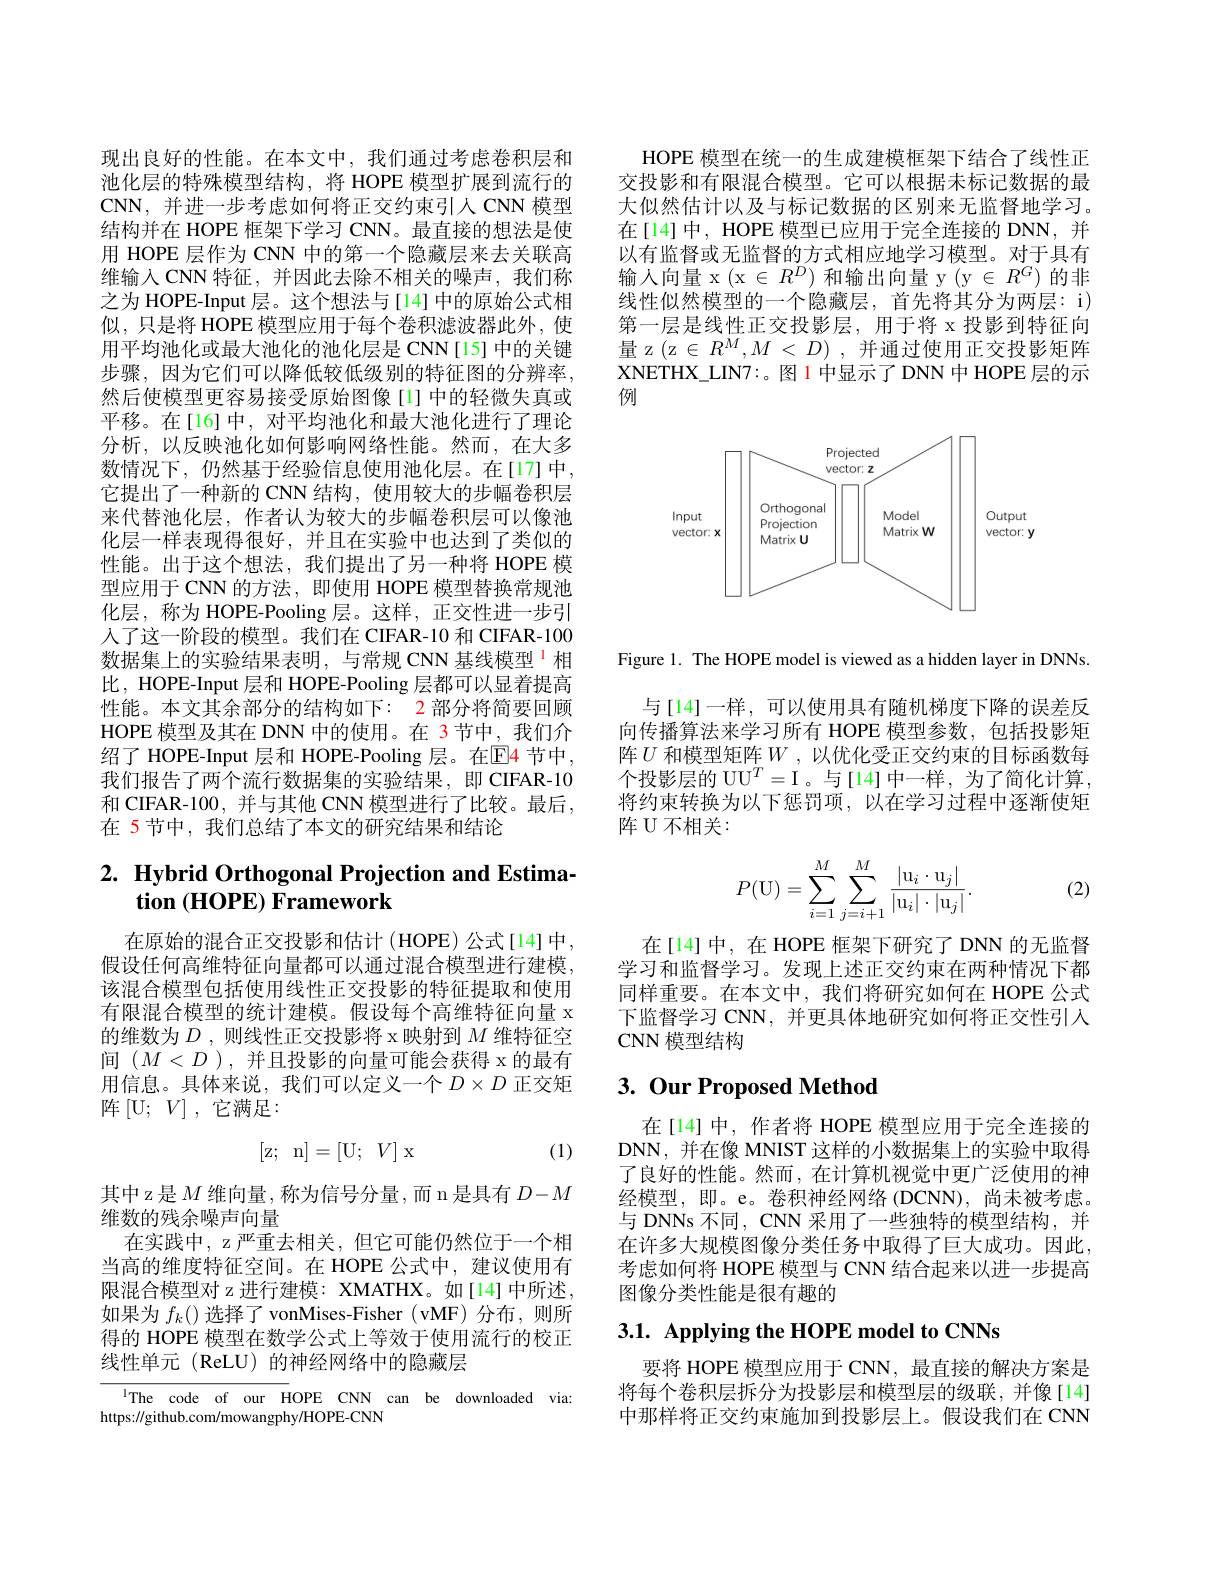
现出良好的性能。在本文中，我们通过考虑卷积层和池化层的特殊模型结构，将 HOPE 模型扩展到流行的CNN,并进一步考虑如何将正交约束引人 CNN 模型结构并在 HOPE 框架下学习 CNN。最直接的想法是使用 HOPE 层作为 CNN 中的第一个隐藏层来去关联高维输入 CNN 特征，并因此去除不相关的噪声，我们称之为 HOPE-Input 层。这个想法与[14] 中的原始公式相似，只是将 HOPE 模型应用于每个卷积滤波器此外，使用平均池化或最大池化的池化层是 CNN[15] 中的关键步骤，因为它们可以降低较低级别的特征图的分辨率， 然后使模型更容易接受原始图像[1]中的轻微失真或平移。在[16]中，对平均池化和最大池化进行了理论分析，以反映池化如何影响网络性能。然而，在大多数情况下，仍然基于经验信息使用池化层。在[17]中， 它提出了一种新的 CNN 结构，使用较大的步幅卷积层来代替池化层，作者认为较大的步幅卷积层可以像池化层一样表现得很好，并且在实验中也达到了类似的性能。出于这个想法，我们提出了另一种将 HOPE 模型应用于 CNN 的方法，即使用 HOPE 模型替换常规池化层，称为 HOPE-Pooling 层。这样，正交性进一步引人了这一阶段的模型。我们在 CIFAR-10 和 CIFAR-100数据集上的实验结果表明，与常规 CNN 基线模型$^{1}$相比，HOPE-Input 层和 HOPE-Pooling 层都可以显着提高性能。本文其余部分的结构如下：2 部分将简要回顾HOPE 模型及其在 DNN 中的使用。在 3 节中，我们介绍了 HOPE-Input 层和 HOPE-Pooling 层。在$\color{red}{\mathrm{E}}\color{blue}{\mathrm{E}}\color{red}{\mathrm{4}}$节中， 我们报告了两个流行数据集的实验结果，即 CIFAR-10和 CIFAR-100, 并与其他 CNN 模型进行了比较。最后， 在 5节中，我们总结了本文的研究结果和结论

# $2. \textbf{ Hybrid Orthogonal Projection and Estima- }$ $\textbf{tion ( HOPE) Framework}$

在原始的混合正交投影和估计 (HOPE)公式[14]中， 假设任何高维特征向量都可以通过混合模型进行建模， 该混合模型包括使用线性正交投影的特征提取和使用有限混合模型的统计建模。假设每个高维特征向量 x 的维数为$D$ ,则线性正交投影将 x 映射到$M$维特征空间$(M<D)$,并且投影的向量可能会获得 x 的最有用信息。具体来说，我们可以定义一个$D\times D$ 正交矩阵$\left[\mathrm{U};\:V\right]$,它满足：

(1)
$$\begin{bmatrix}\mathrm z;&\mathrm n\end{bmatrix}=[\mathrm U; V]\mathrm x$$
其中 z 是$M$维向量，称为信号分量，而 n 是具有$D-M$
维数的残余噪声向量
在实践中，z 严重去相关，但它可能仍然位于一个相当高的维度特征空间。在 HOPE 公式中，建议使用有限混合模型对 z 进行建模：XMATHX。如[14] 中所述， 如果为$f_k($)选择了 vonMises-Fisher (vMF) 分布，则所得的 HOPE 模型在数学公式上等效于使用流行的校正线性单元(ReLU)的神经网络中的隐藏层

$^{\mathrm{l}}$The code of our HOPE CNN can be downloaded via:

https://github.com/mowangphy/HOPE-CNN

HOPE 模型在统一的生成建模框架下结合了线性正交投影和有限混合模型。它可以根据未标记数据的最大似然估计以及与标记数据的区别来无监督地学习。在[14]中，HOPE 模型已应用于完全连接的 DNN,并以有监督或无监督的方式相应地学习模型。对于具有输入向量 x (x $\in R^D)$和输出向量 y (y $\in R^G)$的非线性似然模型的一个隐藏层，首先将其分为两层：i) 第一层是线性正交投影层，用于将 x 投影到特征向量 z (z $\in R^M, M< D)$ ,并通过使用正交投影矩阵XNETHX\_LIN7:。图 1 中显示了 DNN 中 HOPE 层的示例

<FigureHere>

Figure 1. The HOPE model is viewed as a hidden layer in DNNs.

与[14]一样，可以使用具有随机梯度下降的误差反向传播算法来学习所有 HOPE 模型参数，包括投影矩阵$U$ 和模型矩阵 $W$ ,以优化受正交约束的目标函数每个投影层的 UU$^T=$I。与[14]中一样，为了简化计算， 将约束转换为以下惩罚项，以在学习过程中逐渐使矩阵 U 不相关：

(2)
$$P(\mathrm U)=\sum\limits_{i=1}^M\sum\limits_{j=i+1}^M\frac{|\mathrm u_i\cdot\mathrm u_j|}{|\mathrm u_i|\cdot|\mathrm u_j|}.$$
在[14]中，在 HOPE 框架下研究了 DNN 的无监督学习和监督学习。发现上述正交约束在两种情况下都同样重要。在本文中，我们将研究如何在 HOPE 公式下监督学习 CNN, 并更具体地研究如何将正交性引入CNN 模型结构

## $3. \textbf{ Our Proposed Method}$

在[14]中，作者将 HOPE 模型应用于完全连接的DNN, 并在像 MNIST 这样的小数据集上的实验中取得了良好的性能。然而，在计算机视觉中更广泛使用的神经模型，即。e。卷积神经网络 (DCNN), 尚未被考虑。与 DNNs 不同，CNN 采用了一些独特的模型结构，并在许多大规模图像分类任务中取得了巨大成功。因此， 考虑如何将 HOPE 模型与 CNN 结合起来以进一步提高图像分类性能是很有趣的

$3. 1. \textbf{ Applying the HOPE model to CNNs}$

要将 HOPE 模型应用于 CNN, 最直接的解决方案是将每个卷积层拆分为投影层和模型层的级联，并像[14] 中那样将正交约束施加到投影层上。假设我们在 CNN